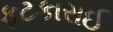
ફટકારાઈ